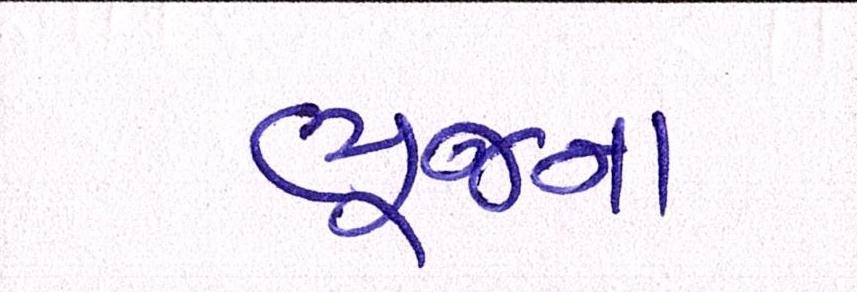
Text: ભુજના